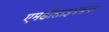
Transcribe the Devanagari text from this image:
एमडीलाइवकेयर